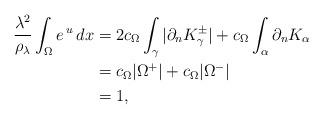
LaTeX: \begin{align*}\begin{aligned}\frac{\lambda^2}{\rho_\lambda} \int_\Omega e^{\,u}\,dx &=2c_\Omega\int_\gamma |\partial_n K^\pm_\gamma|+c_\Omega\int_\alpha \partial_n K_\alpha\\&= c_\Omega |\Omega^+|+c_\Omega|\Omega^-|\\&=1,\end{aligned}\end{align*}